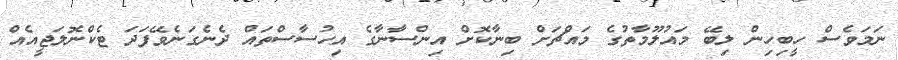
ނަމަވެސް ހީބިހިން ލިބޭ މައުލޫމާތުގެ މައްޗަށް ބިނާކޮށް އިންސާނާގެ އިހުސާސްތައް ދެނެގަނެވޭފަދަ ޓެކްނޮލަޖީއެއް